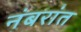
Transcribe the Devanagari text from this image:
नंबरांत